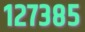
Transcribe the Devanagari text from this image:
१२७३८५